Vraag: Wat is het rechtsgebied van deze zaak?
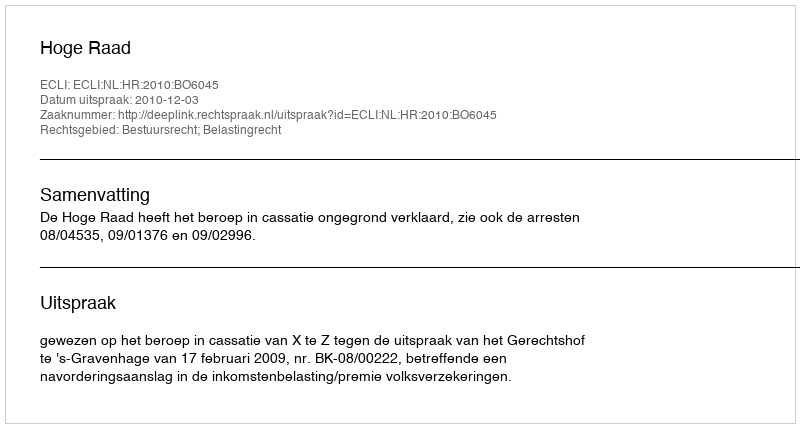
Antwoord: Bestuursrecht; Belastingrecht